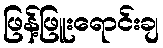
ဖြန့်ဖြူးရောင်းချ